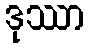
ဒုဿာ